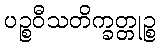
ပဉ္စဝီသတိက္ခတ္တုဉ္စ